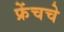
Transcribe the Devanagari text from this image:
फ्रेंचचे